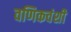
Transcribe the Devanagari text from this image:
वणिकवंशी